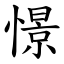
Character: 憬